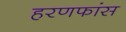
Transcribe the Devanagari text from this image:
हरणफांस